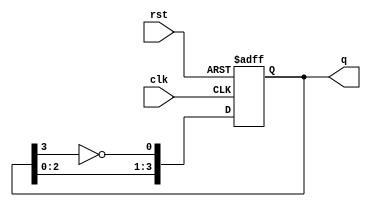
module johnson_counter #(
    parameter N = 4  // Configurable number of flip-flops, typically even
)(
    input wire clk,   // Clock input
    input wire rst,   // Reset input
    output reg [N-1:0] q  // Output state of the counter
);

    // Internal signal for the feedback mechanism
    wire feedback;

    // Feedback is the inverted output of the last flip-flop
    assign feedback = ~q[N-1];

    always @(posedge clk or posedge rst) begin
        if (rst) begin
            // On reset, initialize the counter to all zeros
            q <= 0;
        end else begin
            // Shift the counter state to the right and feed the inverted last output to the first flip-flop
            q <= {q[N-2:0], feedback};
        end
    end

endmodule